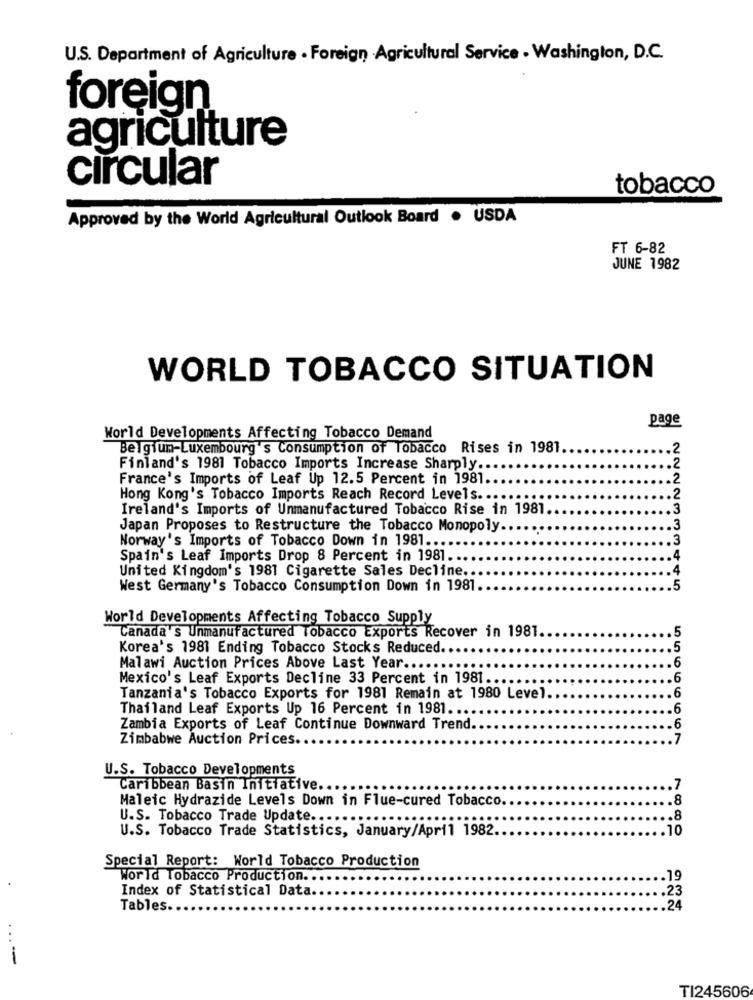
U.S. Department of Agriculture . Foreign Agricultural Service . Washington, D.C.
foreign
agriculture
circular
tobacco
Approved by the World Agricultural Outlook Board . USDA
FT 6-82
JUNE 1982
WORLD TOBACCO SITUATION
page
World Developments Affecting Tobacco Demand
Belgium-Luxembourg's Consumption of Tobacco Rises in 1981.
.2
.2
Finland's 1981 Tobacco Imports Increase Sharply ..
France's Imports of Leaf Up 12.5 Percent in 1981.
.2
Hong Kong's Tobacco Imports Reach Record Levels ...
.2
Ireland's Imports of Unmanufactured Tobacco Rise in 1981.
.3
Japan Proposes to Restructure the Tobacco Monopoly ..
.3
Norway's Imports of Tobacco Down in 1981.
.3
Spain's Leaf Imports Drop 8 Percent in 1981.
4
United Kingdom's 1981 Cigarette Sales Decline ..
4
West Germany's Tobacco Consumption Down in 1981.
.5
World Developments Affecting Tobacco Supply
Canada's Unmanufactured Tobacco Exports Recover in 1981.
5
Korea's 1981 Ending Tobacco Stocks Reduced.
5
6
Malawi Auction Prices Above Last Year ..
Mexico's Leaf Exports Decline 33 Percent in 1981.
6
Tanzania's Tobacco Exports for 1981 Remain at 1980 Level
6
Thailand Leaf Exports Up 16 Percent in 1981 ...
6
Zambia Exports of Leaf Continue Downward Trend.
.6
Zimbabwe Auction Prices.
7
U.S. Tobacco Developments
Caribbean Basin Initiative ...
7
Maleic Hydrazide Levels Down in Flue-cured Tobacco
8
U.S. Tobacco Trade Update ....
.8
U.S. Tobacco Trade Statistics, January/April 1982.
10
Special Report: World Tobacco Production
World Tobacco Production.
.19
Index of Statistical Data.
.23
Tables.
.24
...-
TI245606